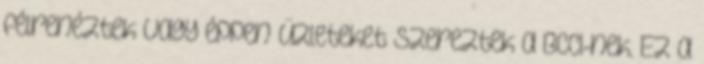
félrenéztek vagy éppen üzleteket szereztek a BCCI-nek. Ez a